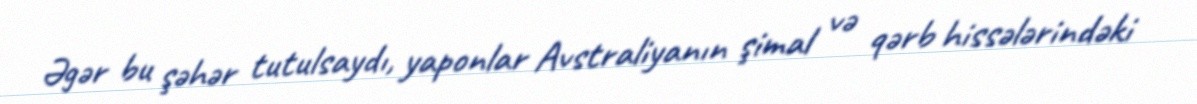
Əgər bu şəhər tutulsaydı, yaponlar Avstraliyanın şimal və qərb hissələrindəki